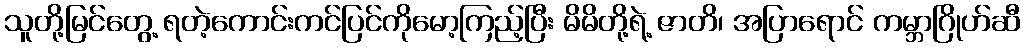
သူတို့မြင်တွေ့ ရတဲ့ကောင်းကင်ပြင်ကိုမော့ကြည့်ပြီး မိမိတို့ရဲ့ ဇာတိ၊ အပြာရောင် ကမ္ဘာဂြိုဟ်ဆီ